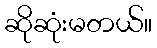
ဆိုဆုံးမတယ်။